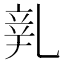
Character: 𨐐